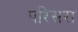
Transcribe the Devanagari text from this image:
परिसरा